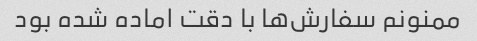
ممنونم سفارش‌ها با دقت اماده شده بود